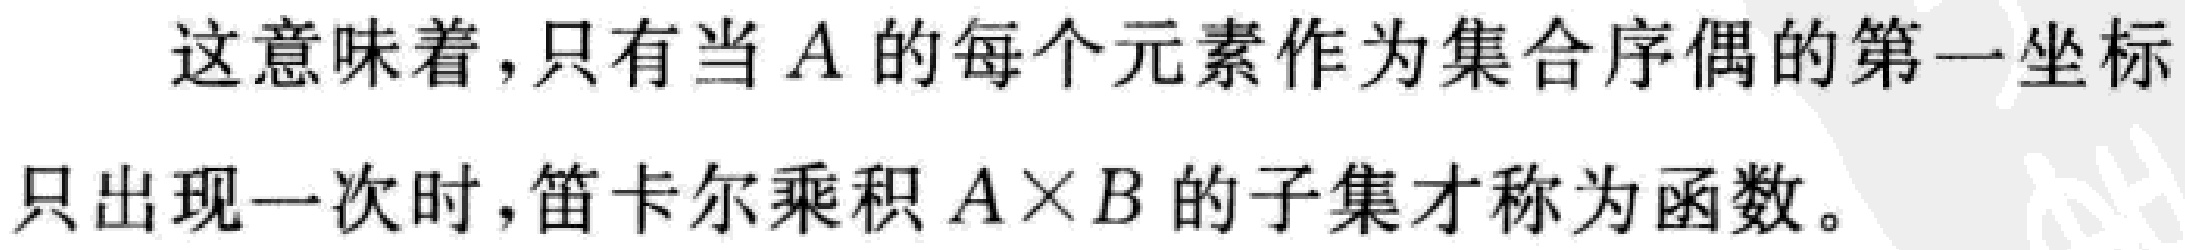
这意味着，只有当 \(A\) 的每个元素作为集合序偶的第一坐标只出现一次时，笛卡尔乘积 \(A\times B\) 的子集才称为函数。